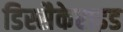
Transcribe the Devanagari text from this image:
डिस्सैकेराइड